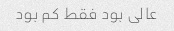
عالی بود فقط کم بود